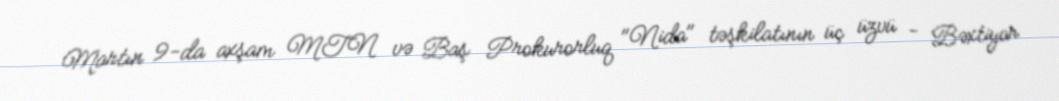
Martın 9-da axşam MTN və Baş Prokurorluq "Nida" təşkilatının üç üzvü - Bəxtiyar